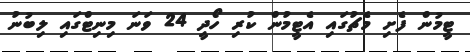
ޓީމުން ފެށި މެޗުގައި އެޓީމުން ކުރި ހޯދީ 24 ވަނަ މިނިޓްގައި ލިބުނު